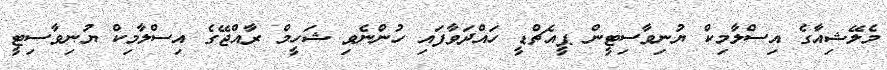
މެލޭޝިއާގެ އިސްލާމިކް ޔުނިވާސިޓީން ޕީއެޗްޑީ ހައްދަވާފައި ހުންނެވި ޝަހީމް ރާއްޖޭގެ އިސްލާމިކް ޔުނިވާސިޓީ